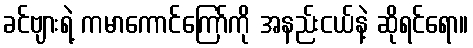
ခင်ဗျားရဲ့ ကမာကောင်ကြော်ကို အနည်းငယ်နဲ့ ဆိုရင်ရော။